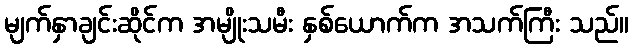
မျက်နှာချင်းဆိုင်က အမျိုးသမီး နှစ်ယောက်က အသက်ကြီး သည်။